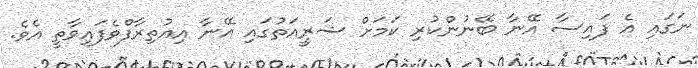
ނަގައި އެ ފައިސާ އޭނާ ބޭނުންކުރި ކަމަށް ޝަރީއަތުގައި އޭނާ އިއުތިރާފްވެފައިވާތީ އެވެ.